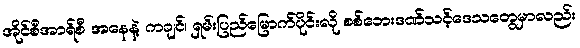
အိုင်စီအာရ်စီ အနေနဲ့ ကချင်၊ ရှမ်းပြည်မြောက်ပိုင်းလို စစ်ဘေးဒဏ်သင့်ဒေသတွေမှာလည်း